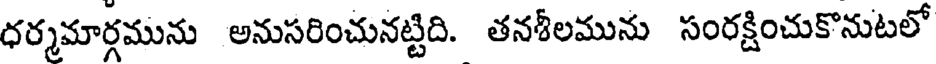
ధర్మమార్గమును అనుసరించునట్టిది. తనశీలమును సంరక్షించుకొనుటలో